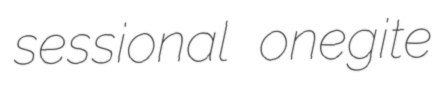
sessional onegite